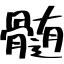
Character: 髄